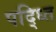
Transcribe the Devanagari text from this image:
पद्ध्ति